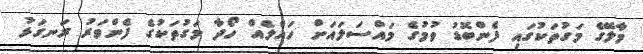
މާލޭގެ މަގުތަކުގައި ފެންބޮޑު ވުމުގެ މައްސަލައަށް ހައްލެއް ހޯދާ މަގުތަކުގެ ފެންވަރު ރަނގަޅު